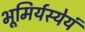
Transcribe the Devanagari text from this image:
भूमिर्यस्येयं